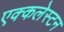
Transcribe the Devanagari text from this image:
एक्कलेस्टन